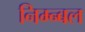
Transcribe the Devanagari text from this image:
निम्न्बल